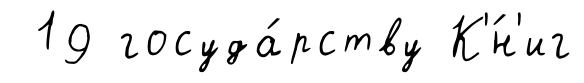
19 госуда́рству К'́н'иг